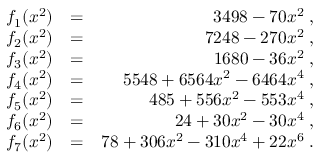
\begin{array} { r l r } { f _ { 1 } ( x ^ { 2 } ) } & { = } & { 3 4 9 8 - 7 0 x ^ { 2 } \; , } \\ { f _ { 2 } ( x ^ { 2 } ) } & { = } & { 7 2 4 8 - 2 7 0 x ^ { 2 } \; , } \\ { f _ { 3 } ( x ^ { 2 } ) } & { = } & { 1 6 8 0 - 3 6 x ^ { 2 } \; , } \\ { f _ { 4 } ( x ^ { 2 } ) } & { = } & { 5 5 4 8 + 6 5 6 4 x ^ { 2 } - 6 4 6 4 x ^ { 4 } \; , } \\ { f _ { 5 } ( x ^ { 2 } ) } & { = } & { 4 8 5 + 5 5 6 x ^ { 2 } - 5 5 3 x ^ { 4 } \; , } \\ { f _ { 6 } ( x ^ { 2 } ) } & { = } & { 2 4 + 3 0 x ^ { 2 } - 3 0 x ^ { 4 } \; , } \\ { f _ { 7 } ( x ^ { 2 } ) } & { = } & { 7 8 + 3 0 6 x ^ { 2 } - 3 1 0 x ^ { 4 } + 2 2 x ^ { 6 } \; . } \end{array}